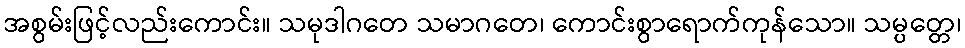
အစွမ်းဖြင့်လည်းကောင်း။ သမုဒါဂတေ သမာဂတေ၊ ကောင်းစွာရောက်ကုန်သော။ သမ္ပတ္တေ၊